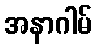
အနာဂါမ်